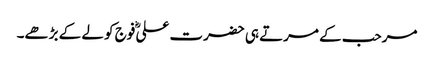
مرحب کے مرتے ہی حضرت علیؓ فوج کو لے کے بڑھے۔